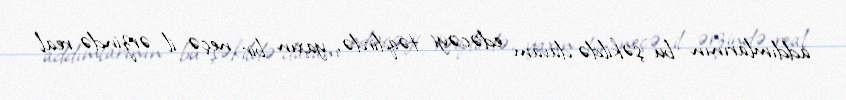
addımlarının bu şəkildə davam edəcəyi təqdirdə, yaxın bir neçə il ərzində real